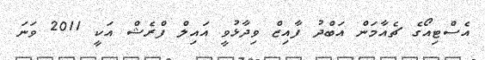
އެސްޓިއޯގެ ޗެއާމަން އަބްދު ފާއިޒް ވިދާޅުވީ އައިލް ފްރެޝް އަކީ 2011 ވަނަ